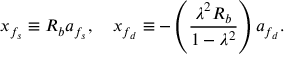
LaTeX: x _ { f _ { s } } \equiv R _ { b } a _ { f _ { s } } , \quad x _ { f _ { d } } \equiv - \left( \frac { \lambda ^ { 2 } R _ { b } } { 1 - \lambda ^ { 2 } } \right) a _ { f _ { d } } .